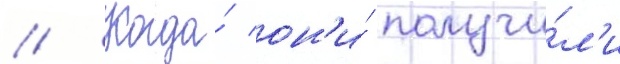
// Когда́ он'и́ получи́л'и